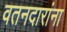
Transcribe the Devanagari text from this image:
वतनदारांना